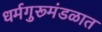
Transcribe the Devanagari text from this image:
धर्मगुरूमंडळात